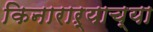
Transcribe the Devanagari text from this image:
किनाराऱ्याच्या